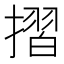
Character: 摺